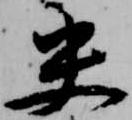
央